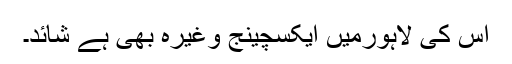
اس کی لاہورمیں ایکسچینج وغیرہ بھی ہے شائد۔